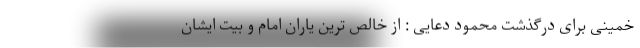
خمینی برای درگذشت محمود دعایی : از خالص ترین یاران امام و بیت ایشان